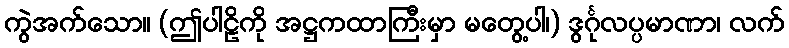
ကွဲအက်သော။ (ဤပါဠိကို အဋ္ဌကထာကြီးမှာ မတွေ့ပါ၊) ဒွင်္ဂုလပ္ပမာဏာ၊ လက်